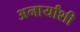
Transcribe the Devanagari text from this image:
अनार्यांशी